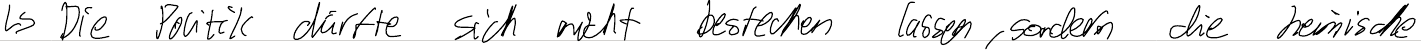
-> Die Politik dürfte sich nicht bestechen lassen, sondern die heimische